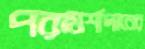
পরামর্শদানের